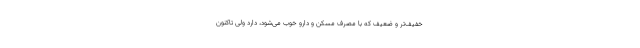
خفیف‌تر و ضعیف که با مصرف مسکن و دارو خوب می‌شود، دارد ولی تاکنون